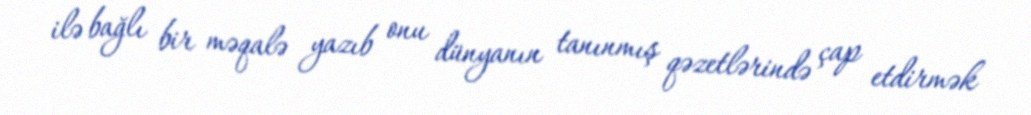
ilə bağlı bir məqalə yazıb onu dünyanın tanınmış qəzetlərində çap etdirmək